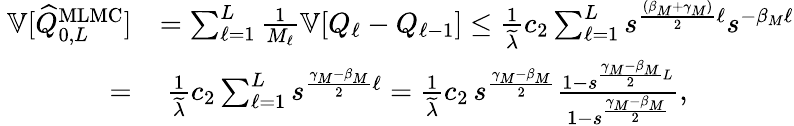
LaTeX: \begin{array}{rl}{\ {\mathbb{V}}[\widehat{Q}_{0,L}^{\mathrm{MLMC}}]}&{=\sum_{\ell=1}^{L}\frac{1}{M_{\ell}}{\mathbb{V}}[Q_{\ell}-Q_{\ell-1}]\leq\frac{1}{\widetilde{\lambda}}c_{2}\sum_{\ell=1}^{L}s^{\frac{(\beta_{M}+\gamma_{M})}{2}\ell}s^{-\beta_{M}\ell}}\\ {=}&{\ \frac{1}{\widetilde{\lambda}}c_{2}\sum_{\ell=1}^{L}s^{\frac{\gamma_{M}-\beta_{M}}{2}\ell}=\frac{1}{\widetilde{\lambda}}c_{2}\, s^{\frac{\gamma_{M}-\beta_{M}}{2}}\frac{1-s^{\frac{\gamma_{M}-\beta_{M}}{2}L}}{1-s^{\frac{\gamma_{M}-\beta_{M}}{2}}},}\end{array}